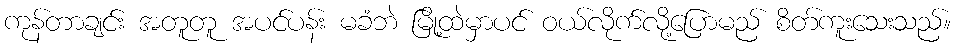
ကုန်တာချင်း အတူတူ အပင်ပန်း မခံဘဲ မြို့ထဲမှာပင် ဝယ်လိုက်လို့ပြောမည် စိတ်ကူးသေးသည်။